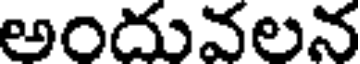
అందువలన